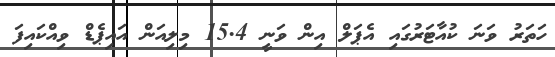
ހަތަރު ވަނަ ކުއާޓަރުގައި އެޕަލް އިން ވަނީ 15.4 މިލިއަން އައިޕެޑް ވިއްކައިފަ